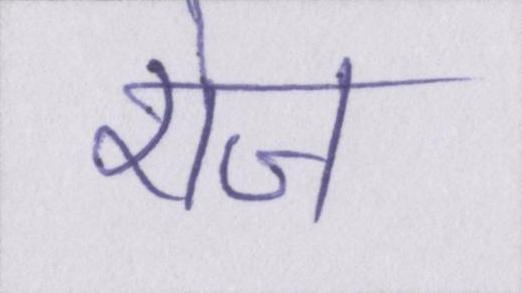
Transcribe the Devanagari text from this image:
रोज